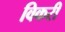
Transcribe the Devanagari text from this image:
विकरी